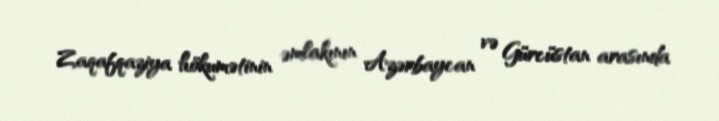
Zaqafqaziya hökumətinin əmlakının Azərbaycan və Gürcüstan arasında